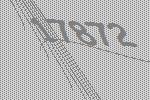
17872